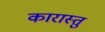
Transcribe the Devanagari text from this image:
कारास्तु